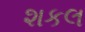
શકલ